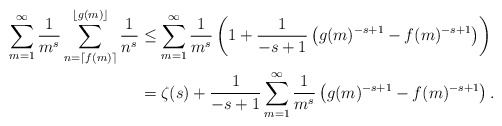
\begin{align*}\sum_{m=1}^\infty\frac{1}{m^s}\sum_{n = \lceil f(m) \rceil}^{\lfloor g(m) \rfloor}\frac{1}{n^s}&\leq\sum_{m=1}^\infty\frac{1}{m^s}\left(1+\frac{1}{-s+1}\left( g(m)^{-s+1} - f(m)^{-s+1}\right)\right)\\&=\zeta(s)+\frac{1}{-s+1}\sum_{m=1}^\infty\frac{1}{m^s}\left(g(m)^{-s+1} - f(m)^{-s+1}\right).\end{align*}